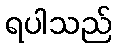
ရပါသည်